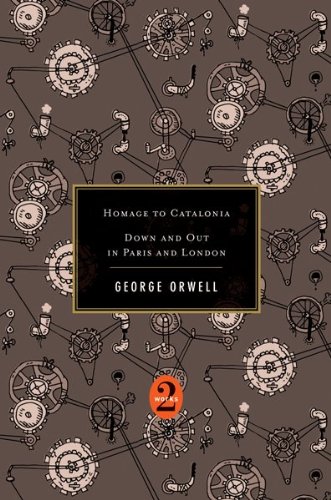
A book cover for Homage to Catalonia / Down and Out in Paris and London (2 Works); George Orwell; Literature & Fiction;